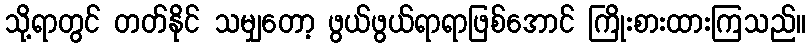
သို့ရာတွင် တတ်နိုင် သမျှတော့ ဖွယ်ဖွယ်ရာရာဖြစ်အောင် ကြိုးစားထားကြသည်။